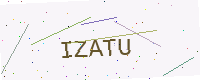
Text: IZATU